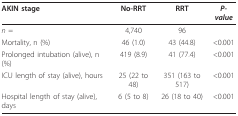
<table><thead><tr><td><b>AKIN stage</b></td><td><b>No-RRT</b></td><td><b>RRT</b></td><td><b><i>P-value</i></b></td></tr></thead><tbody><tr><td><i>n </i>=</td><td>4,740</td><td>96</td><td></td></tr><tr><td>Mortality, n (%)</td><td>46 (1.0)</td><td>43 (44.8)</td><td>&lt;0.001</td></tr><tr><td>Prolonged intubation (alive), n (%)</td><td>419 (8.9)</td><td>41 (77.4)</td><td>&lt;0.001</td></tr><tr><td>ICU length of stay (alive), hours</td><td>25 (22 to 48)</td><td>351 (163 to 517)</td><td>&lt;0.001</td></tr><tr><td>Hospital length of stay (alive), days</td><td>6 (5 to 8)</td><td>26 (18 to 40)</td><td>&lt;0.001</td></tr></tbody></table>